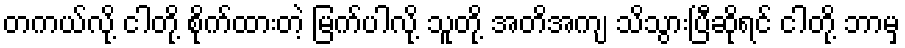
တကယ်လို့ ငါတို့ စိုက်ထားတဲ့ မြက်ပါလို့ သူတို့ အတိအကျ သိသွားပြီဆိုရင် ငါတို့ ဘာမှ